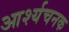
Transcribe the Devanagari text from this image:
आर्श्यचनक